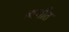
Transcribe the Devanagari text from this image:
व्यथीत